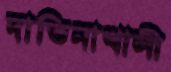
দাতিনাখালী